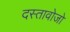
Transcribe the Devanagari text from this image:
दस्तावोजो